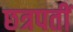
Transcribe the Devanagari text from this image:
छत्रपतीं